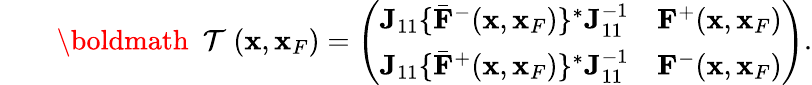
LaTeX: \begin{array}{rlr}&{}&{{{{\mathrm{\boldmath~{\cal~T}~}}}}({\mathbf x},{\mathbf x}_{F})=\left(\begin{array}{ll}{{\mathbf J}_{11}\{ {{\bar{\mathbf F}}}^{-}({\mathbf x},{\mathbf x}_{F})\} ^{*}{\mathbf J}_{11}^{-1}}&{{\mathbf F}^{+}({\mathbf x},{\mathbf x}_{F})}\\ {{\mathbf J}_{11}\{ {{\bar{\mathbf F}}}^{+}({\mathbf x},{\mathbf x}_{F})\} ^{*}{\mathbf J}_{11}^{-1}}&{{\mathbf F}^{-}({\mathbf x},{\mathbf x}_{F})}\end{array}\right).}\end{array}